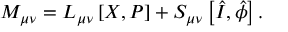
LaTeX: M _ { \mu \nu } = L _ { \mu \nu } \left[ X , P \right] + S _ { \mu \nu } \left[ \hat { I } , \hat { \phi } \right] .